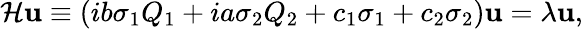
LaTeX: {\cal H}{\mathbf u}\equiv\left(ib\sigma_{1}Q_{1}+ia\sigma_{2}Q_{2}+c_{1}\sigma_{1}+c_{2}\sigma_{2}\right){\mathbf u}=\lambda{\mathbf u},